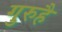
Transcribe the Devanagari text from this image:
गुरुहै